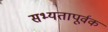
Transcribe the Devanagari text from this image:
सभ्यतापूर्वक